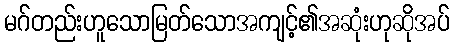
မဂ်တည်းဟူသောမြတ်သောအကျင့်၏အဆုံးဟုဆိုအပ်